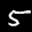
Label: 5